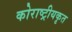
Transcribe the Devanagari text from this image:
कोराष्ट्रीयकृत